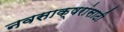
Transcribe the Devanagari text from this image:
नवसाक्षरांसाठी